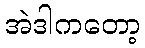
အဲဒါကတော့